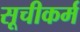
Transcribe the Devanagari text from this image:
सूचीकर्म